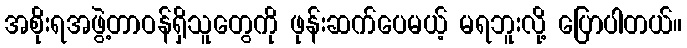
အစိုးရအဖွဲ့တာဝန်ရှိသူတွေကို ဖုန်းဆက်ပေမယ့် မရဘူးလို့ ပြောပါတယ်။